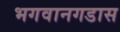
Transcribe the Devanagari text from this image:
भगवानगडास